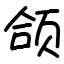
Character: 颌